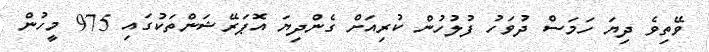
ވޭތިވެ ދިޔަ ހަމަސް ދުވަހު ފުލުހުން ކުރިއަށް ގެންދިޔަ އޮޕަރޭޝަންތަކުގައި 975 މީހުން